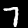
Label: 7